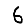
Digit: 6